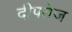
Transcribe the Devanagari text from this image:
दीपतेज